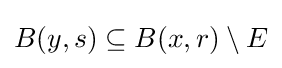
B(y,s)\subseteq B(x,r)\setminus E